Report on the bubonic plague in Bombay, 1896-1897
Year: 1896
Disease focus: Plague
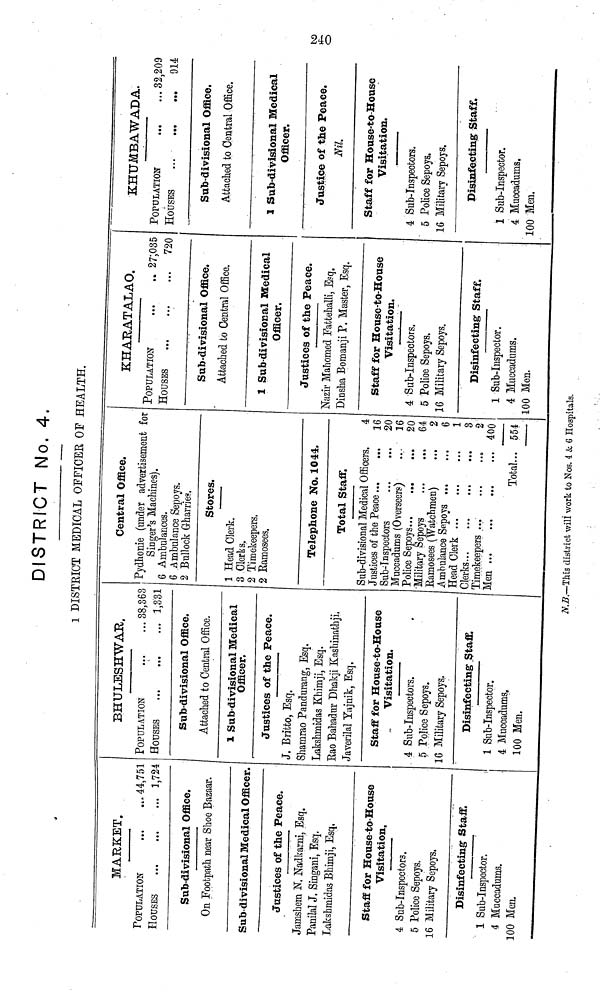
DISTRICT No. 4.
I DISTRICT MEDICAL OFFICER OF HEALTH.
MARKET.
POPULATION
HOUSES
...
...
...
44,751
1,724
Sab-divisional Office.
On Footpath near Shoo Bazaar.
Sub-divisional Medical Officer.
Justices of the Peace.
Jamshem N. Nadkarni, Esq.
Panilal J. Singani, Esq.
Lakshmidas Bhimji, Esq.
Staff for House-to-House
Visitation.
4 Sub-Inspectors.
5 Police Sepoys.
16 Military Sepoys.
Disinfecting Staff.
1 Sub-Inspector.
i
4 Muccadums.
100 Men.
BHULBSHWAR.
POPULATION
HOUSES
38,863
1,331
Sub-divisional Office.
Attached to Central Office.
1 Sub-divisional Med
Officer.
ical
Justices of the Peace.
J. Britto, Esq.
Shamrao Pandurang, Esq.
Lakshmidas Khimji, Esq.
Bao Bahadur Dhakji Kashinathji.
Javerilal Yajnik, Esq.
Staff for House-to-House
Visitation.
4 Sub-Inspectors.
5 Police Sepoys.
16 Military Sepoys..
Disinfecting .Staff.
1 Sub-Inspector.
4 Muccadums.
100 Men.
Central Office.
Pydhonie (under advertisement for
Singer's Machines).
6 Ambulances.
6 Ambulance Sepoys.
2 Bullock Gharries.
Stores.
1 Head Clerk.
3 Clerks.
2 Timekeepers.
2 Ramosees.
Telephone No. 1044.
Total Staff.
Sab-divisional Medical Officers.
Justices of the Peace
Sub-Inspectors
...
...
Muccadums (Overseers)
Police Sepoys
Military Sepoys
Bamosees (Watchmen) ...
Ambulance Sepoys
Head Clerk
Clerks
Timekeepers ... ... ...
Total...
4
16
20
16
20
64
2
6
1
3
2
400
KHARATALAO.
POPULATION
HOUSES
27;035
720
Sab-divisional Office.
Attached to Central Office.
1 Sub-divisional Medical
Officer.
Justices of the Peace.
Nazir Mahomed Fattehalli, Esq.
Dinsha Bomanji P. Master, Esq.
Staff for House-to-House
Visitation.
4 Sub-Inspectors.
5 Police Sepoys.
16 Military Sepoys.
Disinfecting- Staff.
1 Sub-Inspector.
4 Muccadums.
100 Men.
KHUMBAWADA.
POPULATION
HOUSES
32,209
914
Sub-divisional Office.
Attached to Central Office.
1 Sub-divisional Medical
Officer.
Justice of the Peace.
Nil.
Staff for House-to-House
Visitation.
4 Sub-Inspectors.
5 Police Sepoys.
16 Military Sepoys.
Disinfecting Staff.
1 Sub-Inspector.
4 Muccadums.
100 Men.
N.B.—This district will work to Nos. 4 & 6 Hospitals.